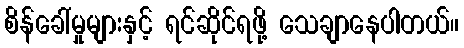
စိန်ခေါ်မှုများနှင့် ရင်ဆိုင်ရဖို့ သေချာနေပါတယ်။